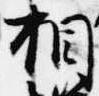
相